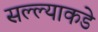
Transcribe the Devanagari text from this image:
सल्ल्याकडे